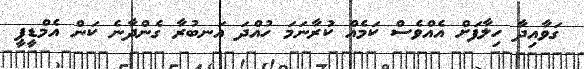
ގަވާއިދާ ހިލާފަށް އެއްވެސް ކަމެއް ކުރާނަމަ ހުއްދަ އަނބުރާ ގެންދާނެ ކަން އެމްޑީޕީ